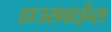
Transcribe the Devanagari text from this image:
हाउसवाईव्स